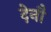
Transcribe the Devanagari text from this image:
देनौ